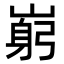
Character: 𡺺